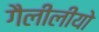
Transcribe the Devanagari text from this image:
गैलीलीयो